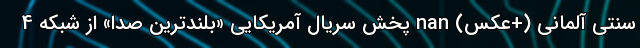
سنتی آلمانی (+عکس) nan پخش سریال آمریکایی «بلندترین صدا» از شبکه 4